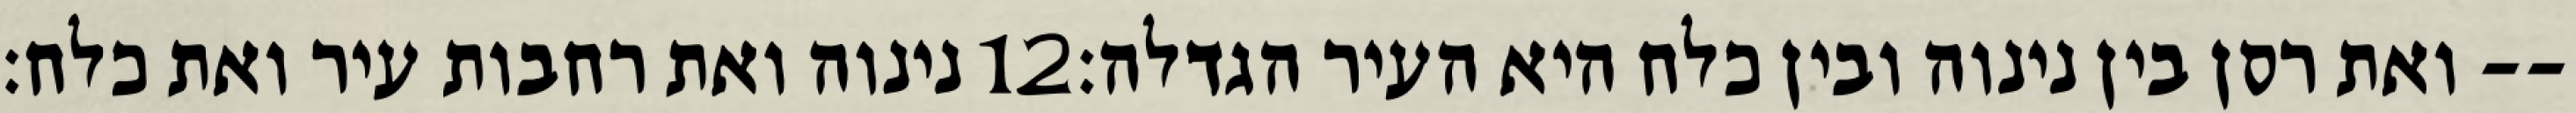
נינוה ואת רחבות עיר ואת כלח׃ ‎12‏ ואת רסן בין נינוה ובין כלח היא העיר הגדלה׃--